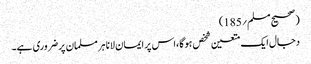
(صحیح مسلم؍185)
دجال ایک متعین شخص ہوگا،اس پر ایمان لانا ہر مسلمان پر ضروری ہے۔